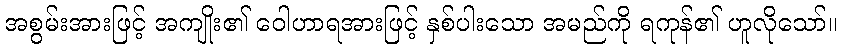
အစွမ်းအားဖြင့် အကျိုး၏ ဝေါဟာရအားဖြင့် နှစ်ပါးသော အမည်ကို ရကုန်၏ ဟူလိုသော်။